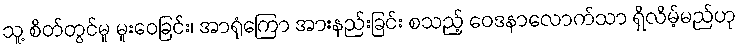
သူ့ စိတ်တွင်မူ မူးဝေခြင်း၊ အာရုံကြော အားနည်းခြင်း စသည့် ဝေဒနာလောက်သာ ရှိလိမ့်မည်ဟု